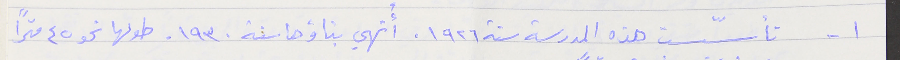
١- تأسّست هذه المدرسة سنة ١٩٢٦. أُنهي بناؤها سنة ١٩٣٠. طولها نحو ٤٥ متراً